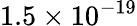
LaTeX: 1.5\times 10^{-19}